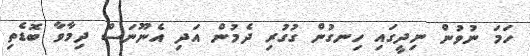
ހަމަ ނުވުން ނިދީގައި ހިނގުން ގުގުރި ދެމުން އަދި އެނޫނަސް ދިމާވާ ބޮޑެތި